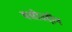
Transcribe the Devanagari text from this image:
वसीउद्दीन